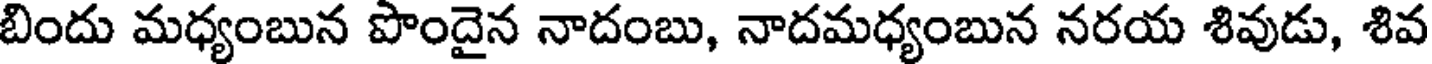
బిందు మధ్యంబున పొందైన నాదంబు, నాదమధ్యంబున నరయ శివుడు, శివ